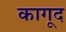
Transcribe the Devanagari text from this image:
कागूद